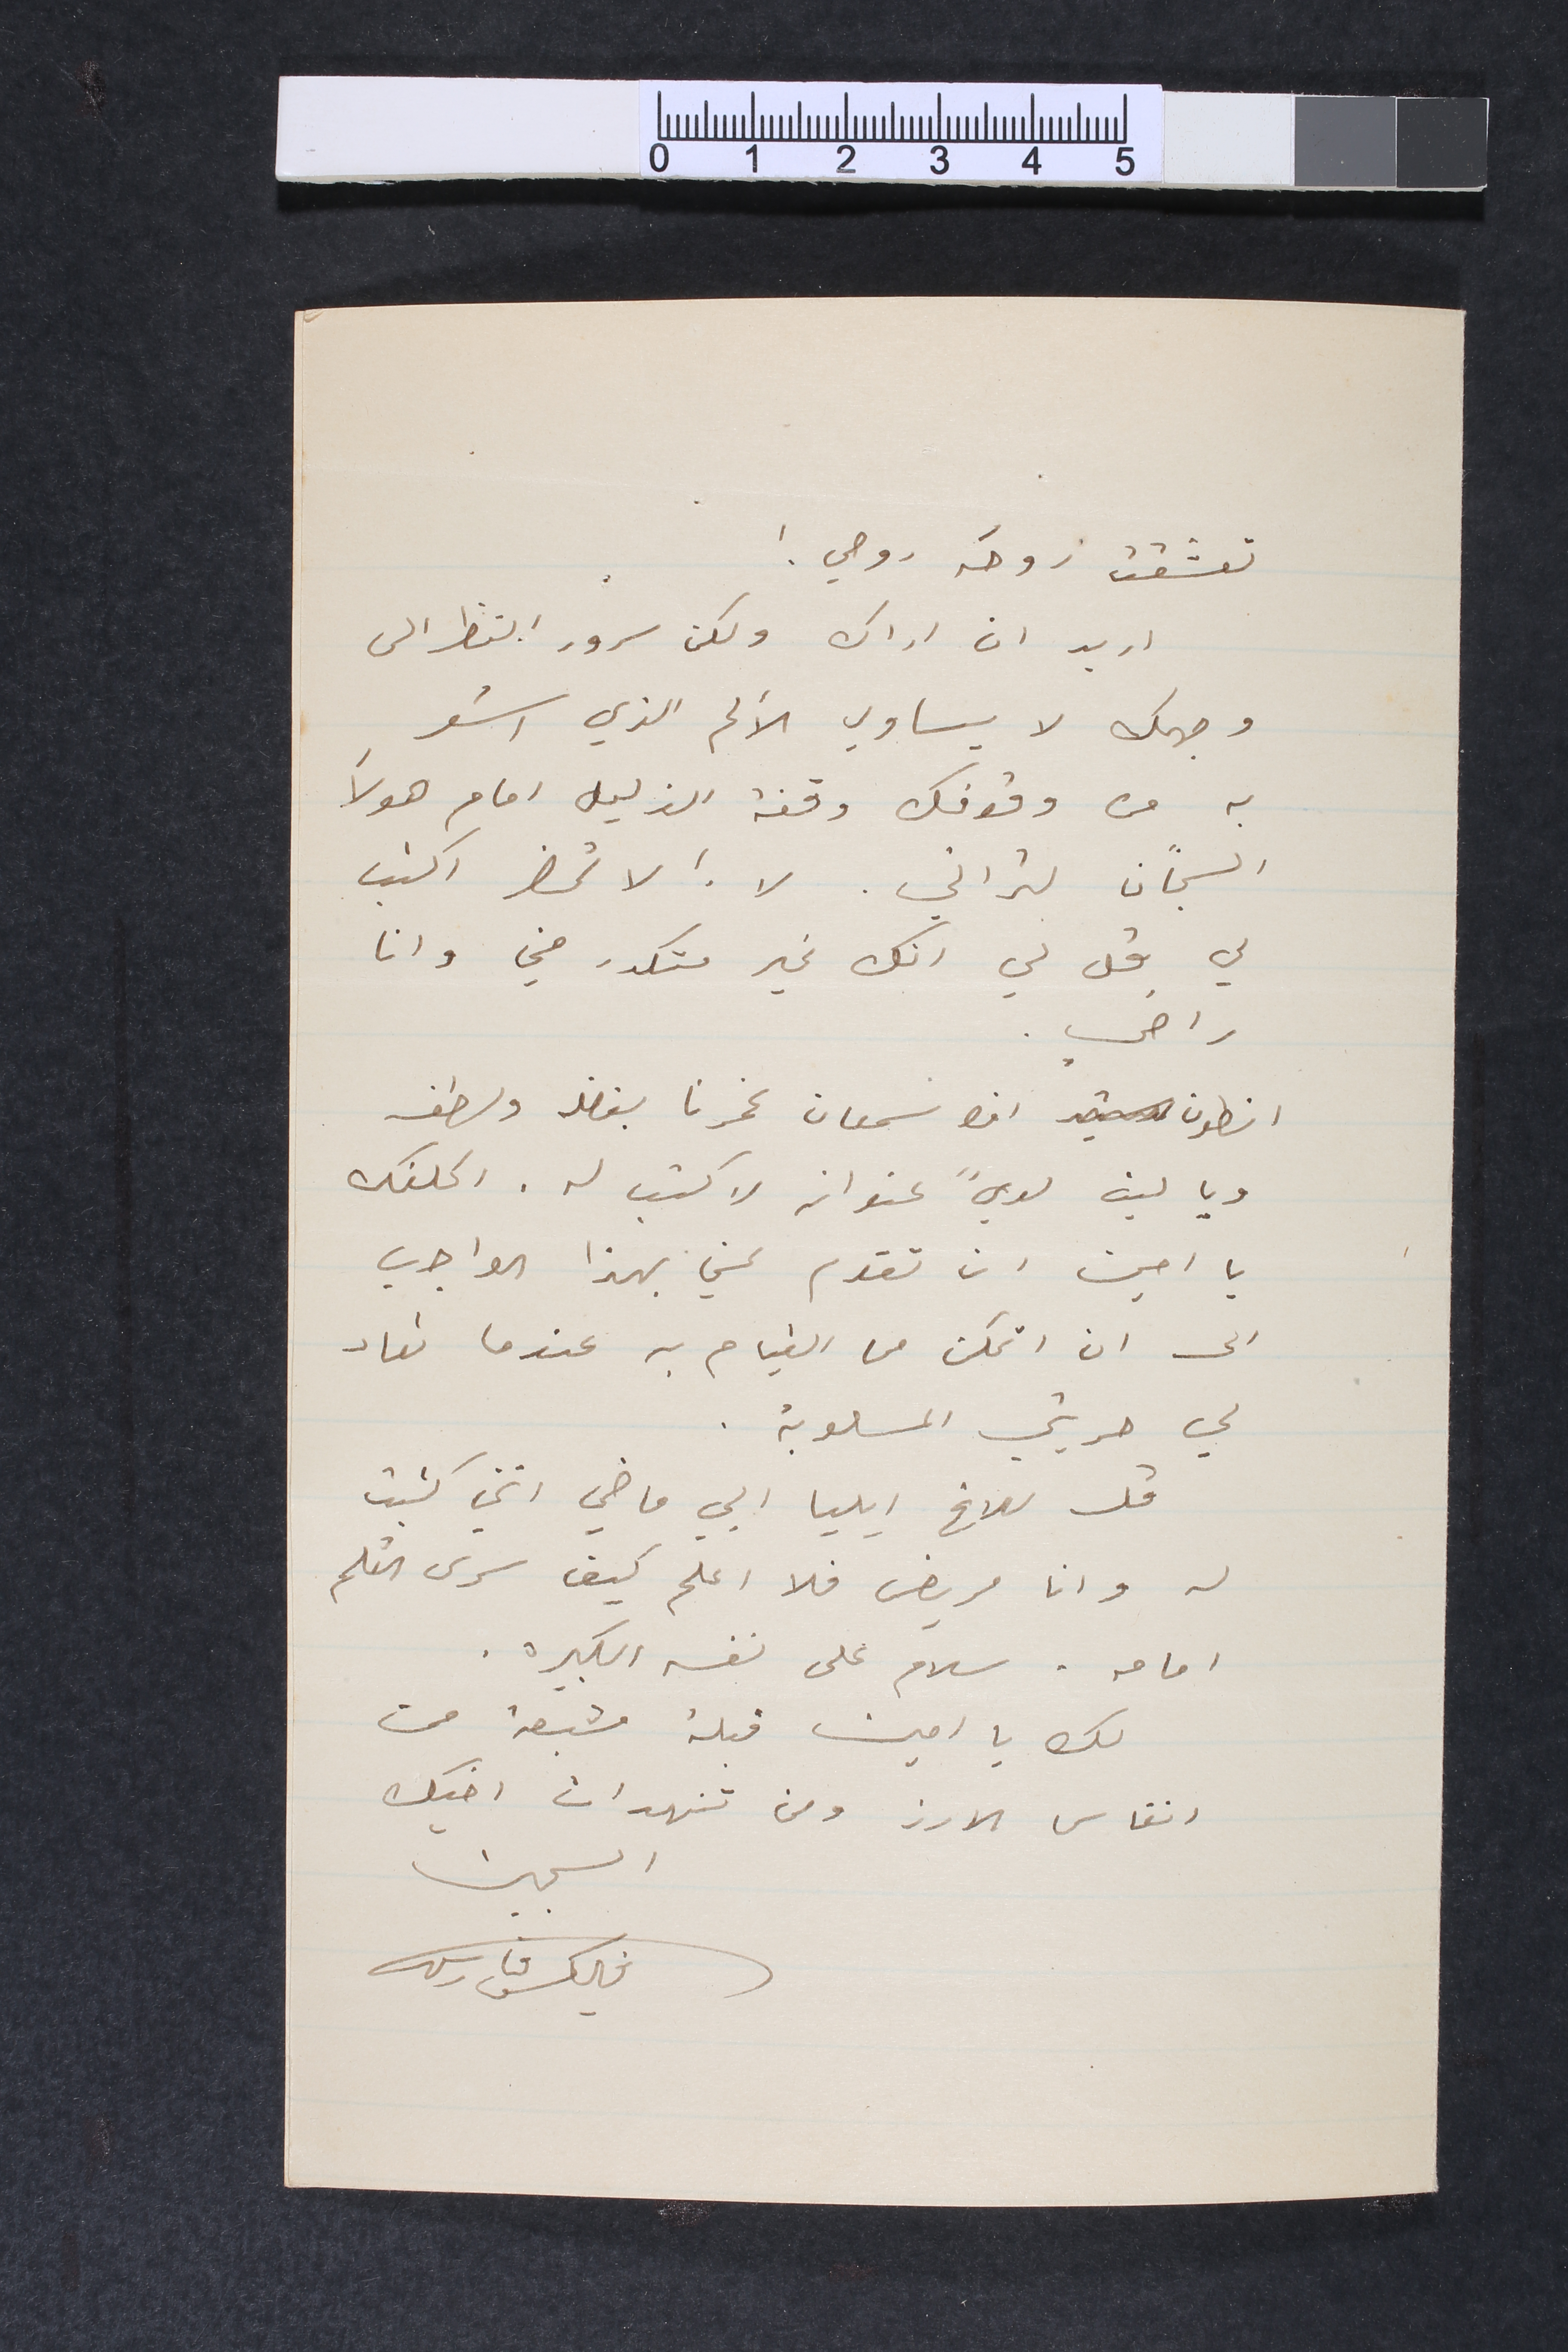
تعشقت روحَه روحي!
اريد ان اراك ولكن سرور النظر الى
وجهك لا يساوي الألم الذي اشعر
به من وقوفك وقفة الذليل امام هولأ
السجان لتراني. لا ! لا تحضر اكتب
لي قل لي انك غير متكدر مني وانا

راضي.
انطون ابن سمعان غمرنا بفضله ولطفه
ويا ليت لديً عنوانه لاكتب له. اكلفك
يا امين ان تقوم عني بهذا الواجب
الى ان اتمكن  من القيام به عندما تعاد
لي حريتي المسلوبة.
قل للاخ ايليا ابي ماضي انني كتبت
له وانا مريض فلا اعلم كيف سرى القلم

امامه. سلام على نفسه الكبيره.
لك يا امين قبلة مشبعة من
انفاس الارز ومن تنهدات اخيك
السجين
فليكس فارس